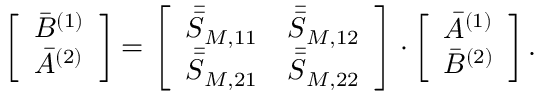
\left[ \begin{array} { l } { \bar { B } ^ { ( 1 ) } } \\ { \bar { A } ^ { ( 2 ) } } \end{array} \right] = \left[ \begin{array} { l l } { \bar { \bar { S } } _ { M , 1 1 } } & { \bar { \bar { S } } _ { M , 1 2 } } \\ { \bar { \bar { S } } _ { M , 2 1 } } & { \bar { \bar { S } } _ { M , 2 2 } } \end{array} \right] \cdot \left[ \begin{array} { l } { \bar { A } ^ { ( 1 ) } } \\ { \bar { B } ^ { ( 2 ) } } \end{array} \right] .